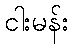
ငါးမန်း